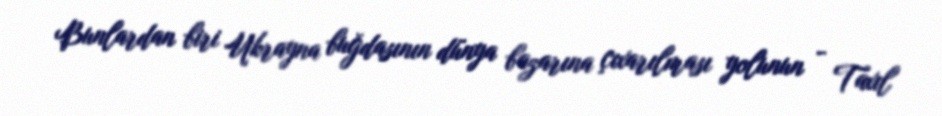
Bunlardan biri Ukrayna buğdasının dünya bazarına çıxarılması yolunun - Taxıl